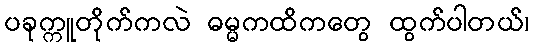
ပခုက္ကူတိုက်ကလဲ ဓမ္မကထိကတွေ ထွက်ပါတယ်၊